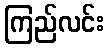
ကြည်လင်း